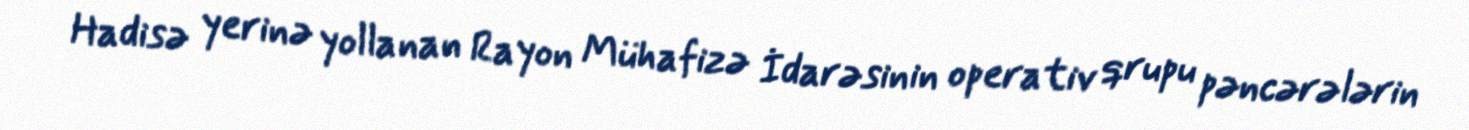
Hadisə yerinə yollanan Rayon Mühafizə İdarəsinin operativ qrupu pəncərələrin